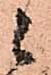
候